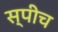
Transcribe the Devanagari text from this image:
स्‍पीच